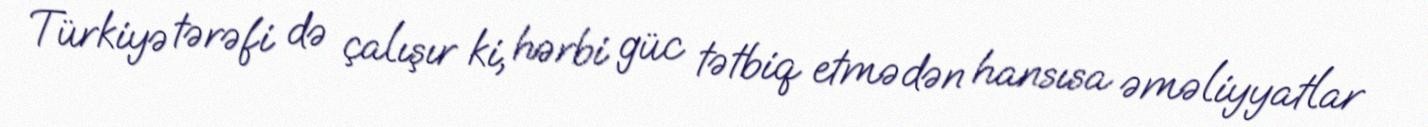
Türkiyə tərəfi də çalışır ki, hərbi güc tətbiq etmədən hansısa əməliyyatlar